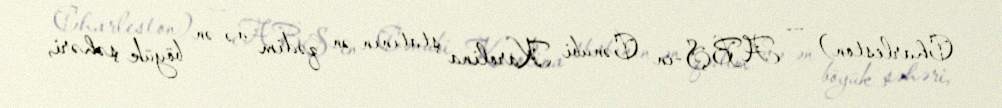
Charleston) — ABŞ-ın Cənubi Karolina ştatının ən qədim və ən böyük şəhəri,